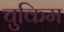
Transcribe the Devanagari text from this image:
चुकिम